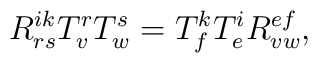
R_{rs}^{ik}T_{v}^{r}T_{w}^{s}=T_{f}^{k}T_{e}^{i}R_{vw}^{ef},